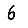
Digit: 6